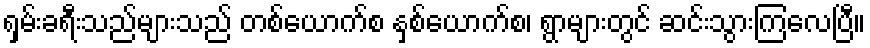
ရှမ်းခရီးသည်များသည် တစ်ယောက်စ နှစ်ယောက်စ၊ ရွာများတွင် ဆင်းသွားကြလေပြီ။